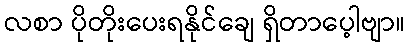
လစာ ပိုတိုးပေးရနိုင်ချေ ရှိတာပေ့ါဗျာ။